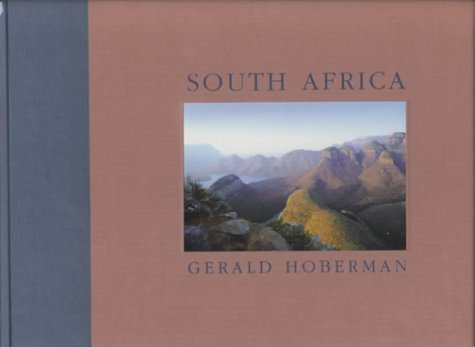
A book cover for South Africa: Coffee Table Book (Gerald & Marc Hoberman Collection); Gerald Hoberman; Travel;